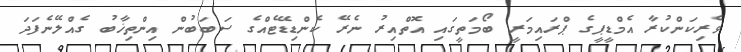
ވެރިކަންކުރާ އެމްޑީޕީގެ ޕްރައިމަރީ ބޯމަތީގައި އޮތްއިރު ނެރޭ ކެންޑިޑޭޓެއްގެ ސަބަބުން އިންތިޚާބު ގެއްލޭނެފަދަ